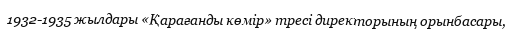
1932-1935 жылдары «Қарағанды көмір» тресі директорының орынбасары,